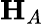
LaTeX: \mathbf{H}_{A}